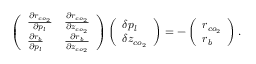
\left( \begin{array} { l l } { \frac { \partial r _ { c o _ { 2 } } } { \partial p _ { l } } } & { \frac { \partial r _ { c o _ { 2 } } } { \partial z _ { c o _ { 2 } } } } \\ { \frac { \partial r _ { b } } { \partial p _ { l } } } & { \frac { \partial r _ { b } } { \partial z _ { c o _ { 2 } } } } \end{array} \right) \left( \begin{array} { l } { \delta p _ { l } } \\ { \delta z _ { c o _ { 2 } } } \end{array} \right) = - \left( \begin{array} { l } { r _ { c o _ { 2 } } } \\ { r _ { b } } \end{array} \right) .